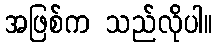
အဖြစ်က သည်လိုပါ။